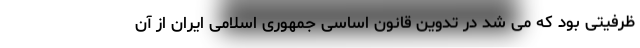
ظرفیتی بود که می شد در تدوین قانون اساسی جمهوری اسلامی ایران از آن